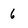
Character: 6